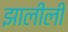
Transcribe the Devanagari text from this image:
झालीली